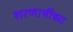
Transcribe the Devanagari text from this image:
शरणार्थीच्या